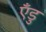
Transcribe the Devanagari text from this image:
एँडु